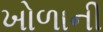
ખોળાની